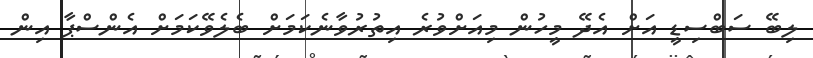
ލިބޭ ސަބްސިޑީ އަށް އެދޭ މީހުން މިއަށްވުރެ އިތުރުވާނެކަމަށް ބެލެވޭކަމަށް އެންސްޕާ އިން